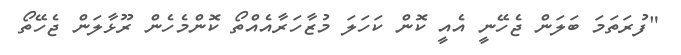
"ފުރަތަމަ ބަލަން ޖެހޭނީ އެއީ ކޮން ކަހަލަ މުޒާހަރާއެއްތޯ ކޮންމެހެން ރޫޅާލަން ޖެހޭތޯ